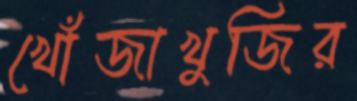
খোঁজাখুজির